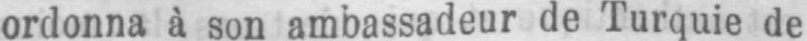
ordonna à son ambassadeur de Turquie de